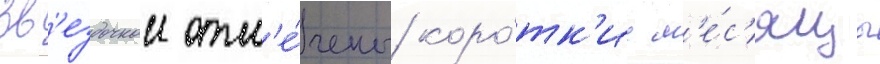
Зв'ездочкои отм'е́чены коро́тк'ие м'е́с'яцы